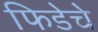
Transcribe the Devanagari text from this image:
फिडेचे